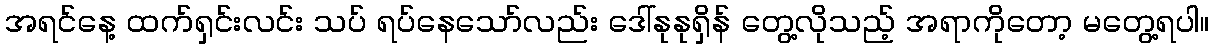
အရင်နေ့ ထက်ရှင်းလင်း သပ် ရပ်နေသော်လည်း ဒေါ်နုနုရှိန် တွေ့လိုသည့် အရာကိုတော့ မတွေ့ရပါ။